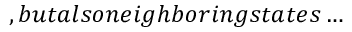
, b u t a l s o n e i g h b o r i n g s t a t e s \ldots